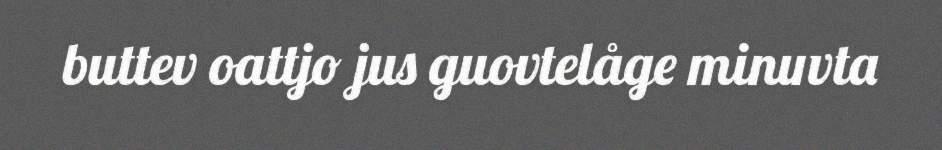
buttev oattjo jus guovtelåge minuvta